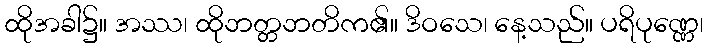
ထိုအခါ၌။ အဿ၊ ထိုဘတ္တဘတိက၏။ ဒိဝသေ၊ နေ့သည်။ ပရိပုဏ္ဏေ၊